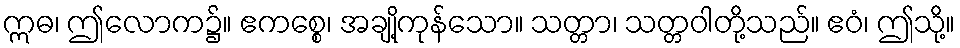
ဣဓ၊ ဤလောက၌။ ဧကစ္စေ၊ အချို့ကုန်သော။ သတ္တာ၊ သတ္တဝါတို့သည်။ ဧဝံ၊ ဤသို့။